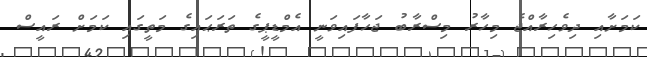
ކަމަށާއި ދިވެހިރާއްޖެ މިހާރު މިސްރާބު ޖަހާފައިވަނީ އެމްޑީޕީގެ ތަރަޙައިގެ މަތީގައި ކަމަށް ރައީސް